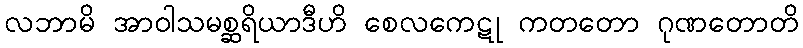
လဘာမိ အာဝါသမစ္ဆရိယာဒီဟိ စေလကေဋု ကတတော ဂုဏတောတိ